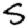
Digit: 5